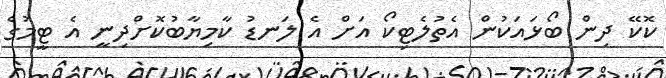
ކޮކޭ ދިން ބޯޅައަކުން އެތުލެޓިކޯ އަށް އެ ލަނޑު ކާމިޔާބުކޮށްދިނީ އެ ޓީމުގެ